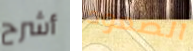
أشرح الصعود